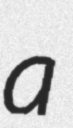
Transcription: a